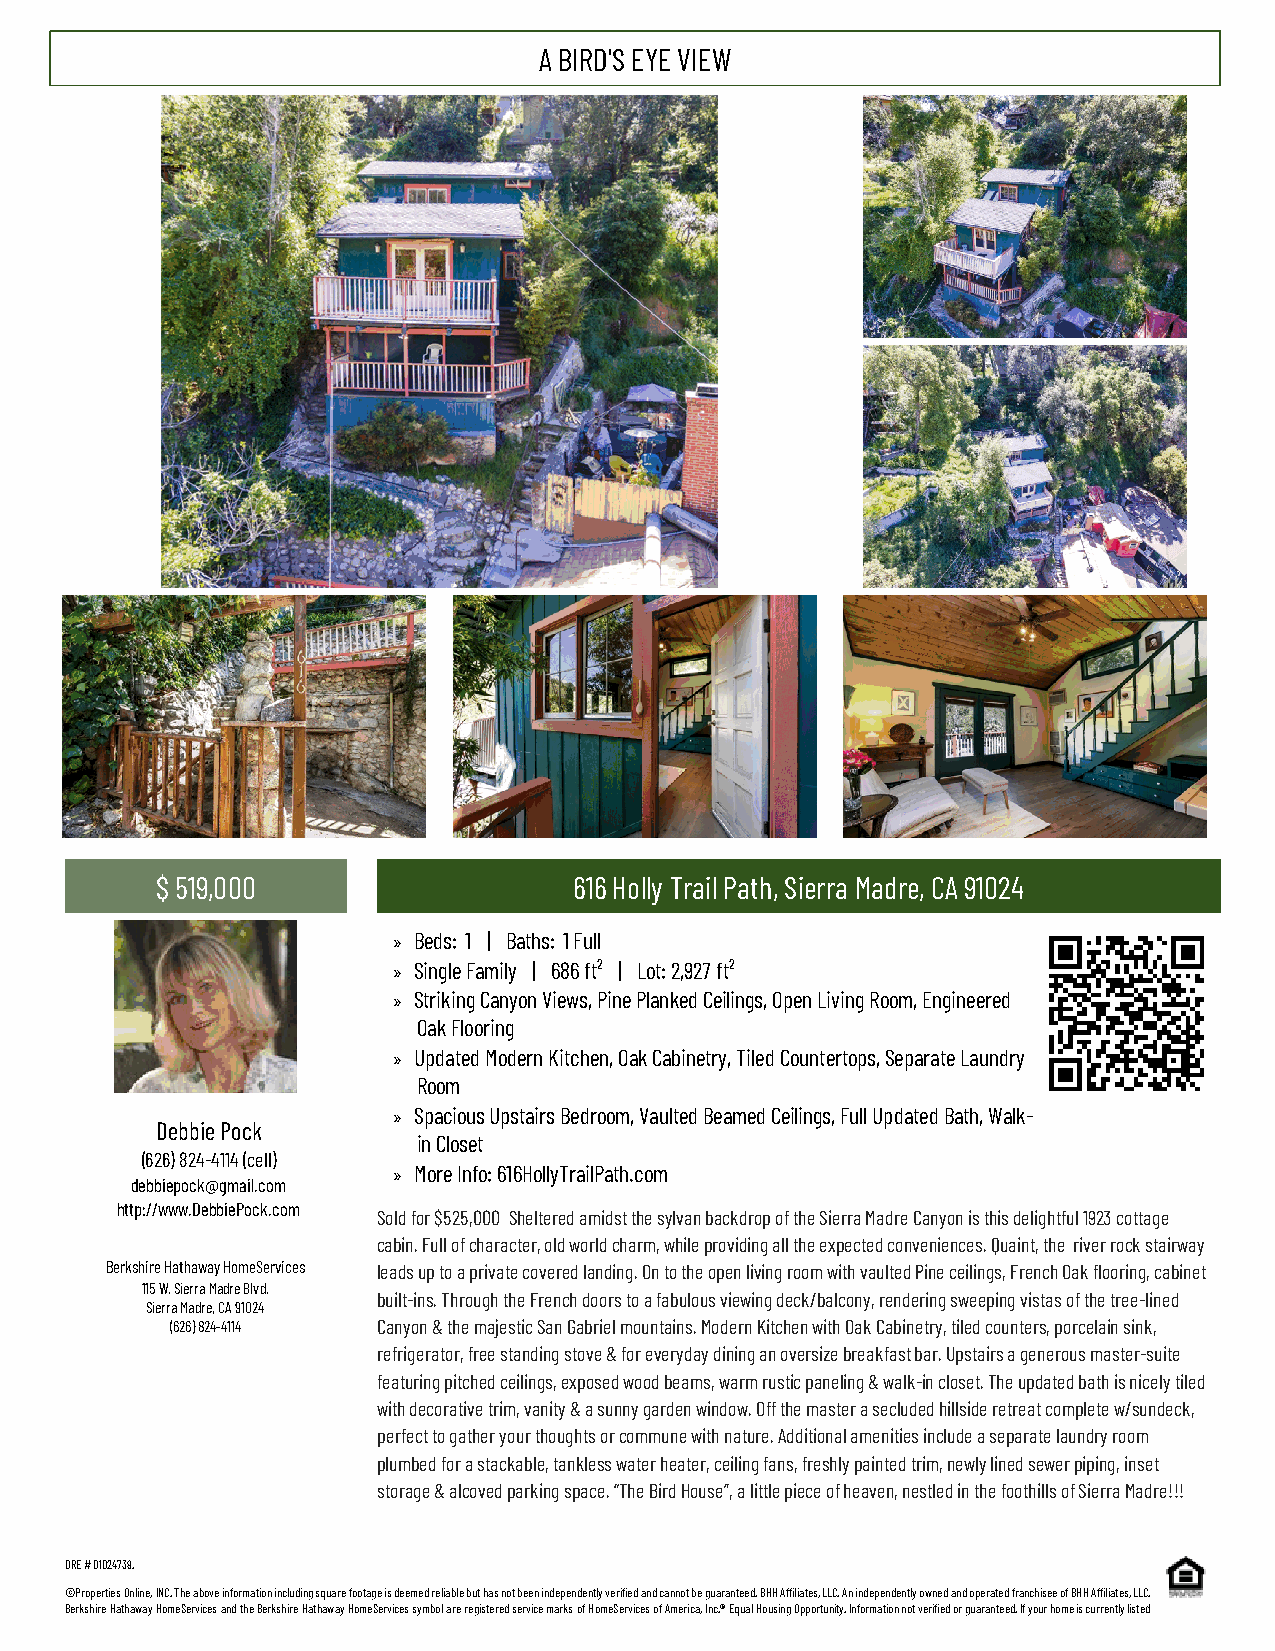
A BIRD'S EYE VIEW
 $ 519,000                   616 Holly Trail Path, Sierra Madre, CA 91024
 » Beds: 1 | Baths: 1 Full
 » Single Family | 686 ft² | Lot: 2,927 ft²
 » Striking Canyon Views, Pine Planked Ceilings, Open Living Room, Engineered
 Oak Flooring
 » Updated Modern Kitchen, Oak Cabinetry, Tiled Countertops, Separate Laundry
 Room
 » Spacious Upstairs Bedroom, Vaulted Beamed Ceilings, Full Updated Bath, Walk-
 Debbie Pock
 in Closet
 (626) 824-4114 (cell)
 » More Info: 616HollyTrailPath.com
 debbiepock@gmail.com
 http://www.DebbiePock.com
 Sold for $525,000 Sheltered amidst the sylvan backdrop of the Sierra Madre Canyon is this delightful 1923 cottage
 cabin. Full of character, old world charm, while providing all the expected conveniences. Quaint, the river rock stairway
 Berkshire Hathaway HomeServices leads up to a private covered landing. On to the open living room with vaulted Pine ceilings, French Oak flooring, cabinet
 115 W. Sierra Madre Blvd.
 built-ins. Through the French doors to a fabulous viewing deck/balcony, rendering sweeping vistas of the tree-lined
 Sierra Madre, CA 91024
 (626) 824-4114 Canyon & the majestic San Gabriel mountains. Modern Kitchen with Oak Cabinetry, tiled counters, porcelain sink,
 refrigerator, free standing stove & for everyday dining an oversize breakfast bar. Upstairs a generous master-suite
 featuring pitched ceilings, exposed wood beams, warm rustic paneling & walk-in closet. The updated bath is nicely tiled
 with decorative trim, vanity & a sunny garden window. Off the master a secluded hillside retreat complete w/sundeck,
 perfect to gather your thoughts or commune with nature. Additional amenities include a separate laundry room
 plumbed for a stackable, tankless water heater, ceiling fans, freshly painted trim, newly lined sewer piping, inset
 storage & alcoved parking space. “The Bird House”, a little piece of heaven, nestled in the foothills of Sierra Madre!!!
 DRE # 01024739.
 ©Properties Online, INC. The above information including square footage is deemed reliable but has not been independently verified and cannot be guaranteed. BHH Affiliates, LLC. An independently owned and operated franchisee of BHH Affiliates, LLC.
 Berkshire Hathaway HomeServices and the Berkshire Hathaway HomeServices symbol are registered service marks of HomeServices of America, Inc.® Equal Housing Opportunity. Information not verified or guaranteed. If your home is currently listed